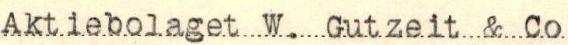
Aktiebolaget W. Gutzeit & Co